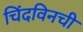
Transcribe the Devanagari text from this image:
चिंदविनची